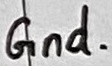
Text: Gnd.